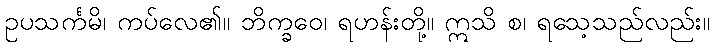
ဥပသင်္ကမိ၊ ကပ်လေ၏။ ဘိက္ခဝေ၊ ရဟန်းတို့။ ဣသိ စ၊ ရသေ့သည်လည်း။